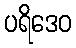
ပရိဒေဝ